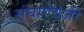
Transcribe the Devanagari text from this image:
संघाऐवजी